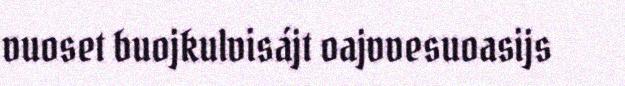
vuoset buojkulvisájt oajvvesuoasijs